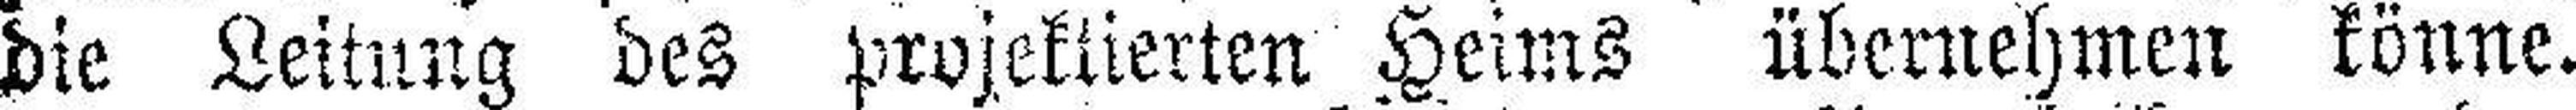
die Leitung des projektierten Heims übernehmen könne.